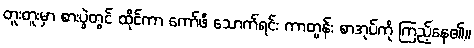
တူးတူးမှာ စားပွဲတွင် ထိုင်ကာ ကော်ဖီ သောက်ရင်း ကာတွန်း စာအုပ်ကို ကြည့်နေ၏။